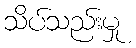
သိပ်သည်းမှု